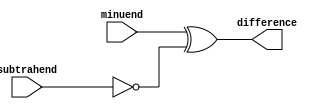
module behavioral_subtractor(
    input [3:0] minuend, // 4-bit input representing the minuend
    input [3:0] subtrahend, // 4-bit input representing the subtrahend
    output reg [3:0] difference // 4-bit output representing the result of subtraction
);

// invert the subtrahend by performing bitwise XOR with all 1's
wire [3:0] inverted_subtrahend;
assign inverted_subtrahend = ~subtrahend;

// perform subtraction using XOR and AND gates
assign difference = minuend ^ inverted_subtrahend;

endmodule